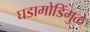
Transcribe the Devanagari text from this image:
घडामोडिंमुळे